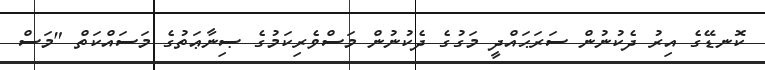
ކޮނޑޭގެ އިރު ދެކުނުން ސަރަޙައްދީ މަގުގެ ދެކުނުން މަސްވެރިކަމުގެ ޞިނާޢަތުގެ މަސައްކަތް "މަސް